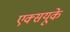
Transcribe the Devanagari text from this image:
एक्सयूके